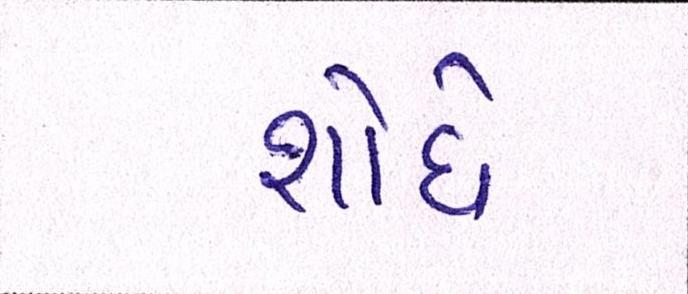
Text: શોધે